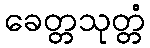
ခေတ္တသုတ္တံ